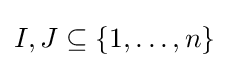
I,J\subseteq \{1,\dots ,n\}